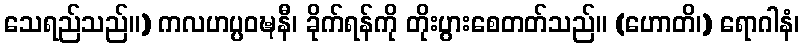
သေရည်သည်။) ကလဟပ္ပဝဍ္ဎနီ၊ ခိုက်ရန်ကို တိုးပွားစေတတ်သည်။ (ဟောတိ၊) ရောဂါနံ၊